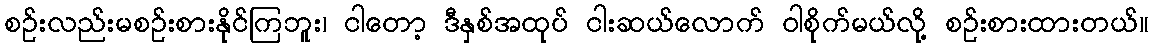
စဉ်းလည်းမစဉ်းစားနိုင်ကြဘူး၊ ငါတော့ ဒီနှစ်အထုပ် ငါးဆယ်လောက် ဝါစိုက်မယ်လို့ စဉ်းစားထားတယ်။